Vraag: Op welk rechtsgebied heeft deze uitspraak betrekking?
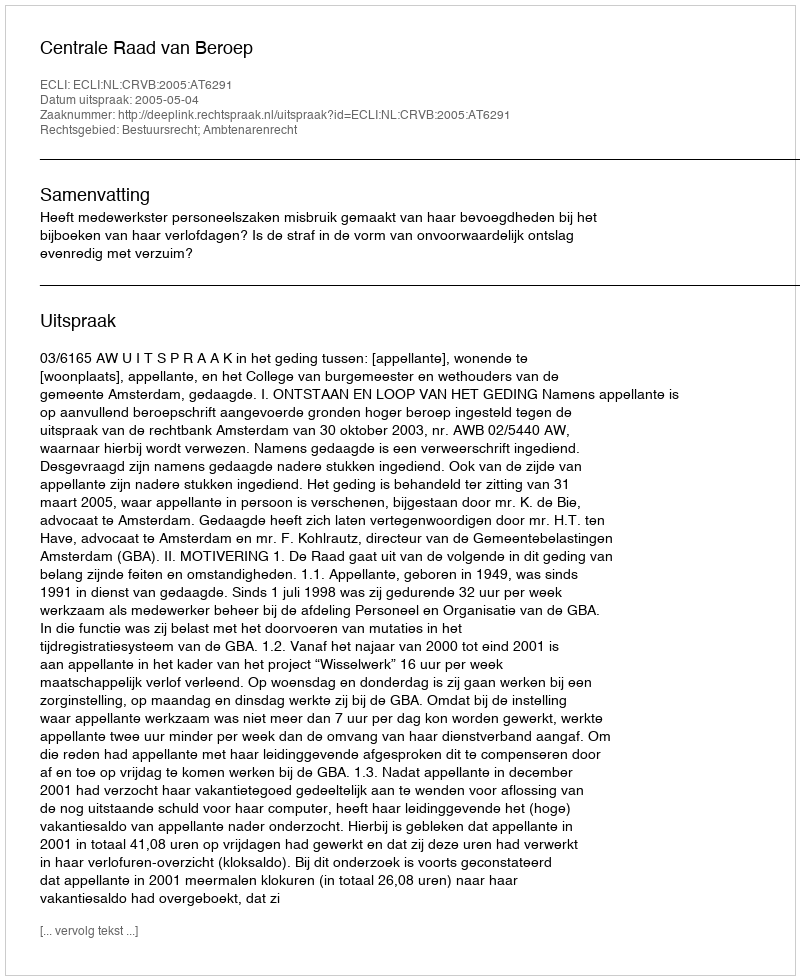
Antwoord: Bestuursrecht; Ambtenarenrecht